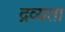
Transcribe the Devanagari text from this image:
द्रव्यता